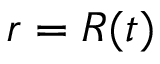
r = R ( t )